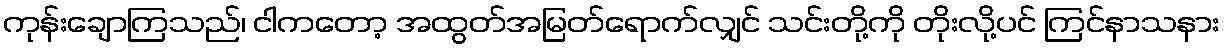
ကုန်းချောကြသည်၊ ငါကတော့ အထွတ်အမြတ်ရောက်လျှင် သင်းတို့ကို တိုးလို့ပင် ကြင်နာသနား